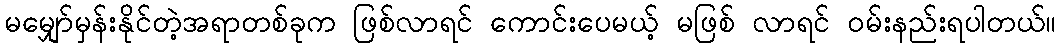
မမျှော်မှန်းနိုင်တဲ့အရာတစ်ခုက ဖြစ်လာရင် ကောင်းပေမယ့် မဖြစ် လာရင် ဝမ်းနည်းရပါတယ်။